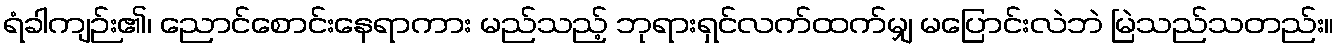
ရံခါကျဉ်း၏၊ ညောင်စောင်းနေရာကား မည်သည့် ဘုရားရှင်လက်ထက်မျှ မပြောင်းလဲဘဲ မြဲသည်သတည်း။